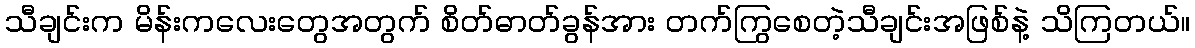
သီချင်းက မိန်းကလေးတွေအတွက် စိတ်ဓာတ်ခွန်အား တက်ကြွစေတဲ့သီချင်းအဖြစ်နဲ့ သိကြတယ်။